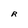
Character: R